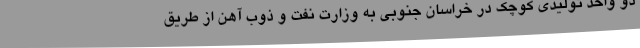
دو واحد تولیدی کوچک در خراسان جنوبی به وزارت نفت و ذوب آهن از طریق